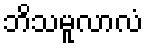
ဘိသမူလာလံ